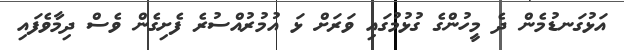
އަޅުގަނޑުމެން ދެ މީހުންގެ ގުޅުމުގައި ވަރަށް ޅަ އުމުރުއްސުރެ ފެށިގެން ވެސް ދިމާވެފައި